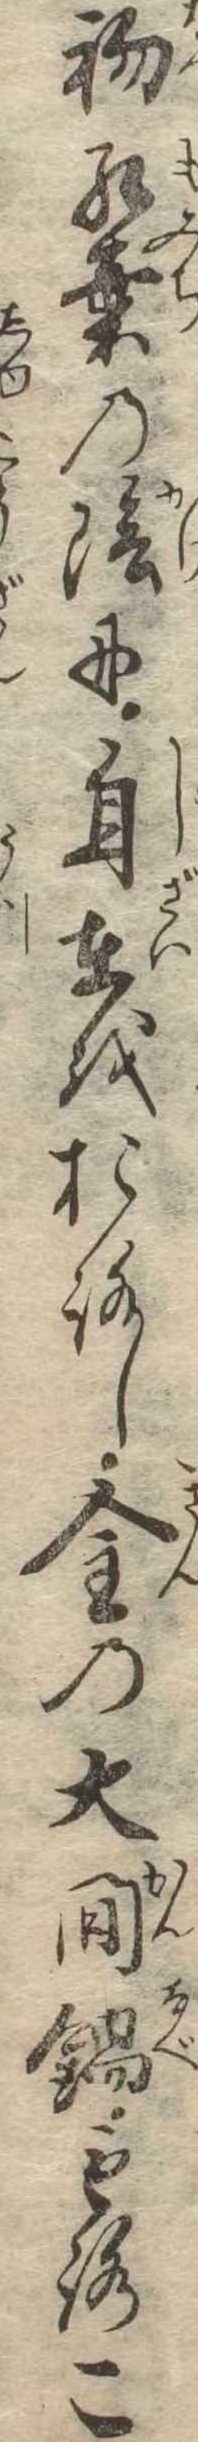
初紅葉の陰に自在をおろし金の大燗鍋もろこ